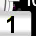
Digit: 1